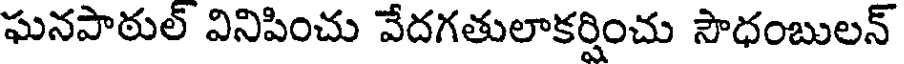
ఘనపాఠుల్ వినిపించు వేదగతులాకర్షించు సౌధంబులన్